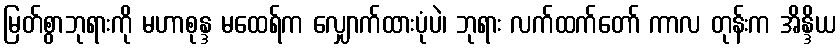
မြတ်စွာဘုရားကို မဟာစုန္ဒ မထေရ်က လျှောက်ထားပုံပဲ၊ ဘုရား လက်ထက်တော် ကာလ တုန်းက အိန္ဒိယ